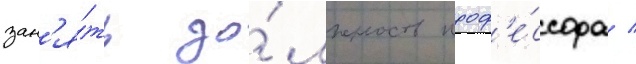
зан'я́ть до́лжность проф'е́ссора /